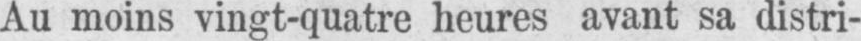
Au moins vingt-quatre heures avant sa distri-